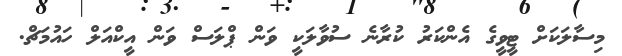
މިސާލަކަށް ޓީވީގެ އެންކަރު ކުރާނެ ސުވާލަކީ ވަން ޕްލަސް ވަން އީކްއަލް ހައުމަޗް.